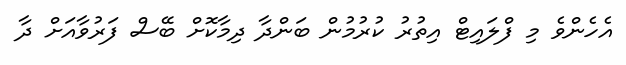
އެހެންވެ މި ފްލައިޓް އިތުރު ކުރުމުން ބަންދާ ދިމާކޮށް ބޭސް ފަރުވާއަށް ދާ